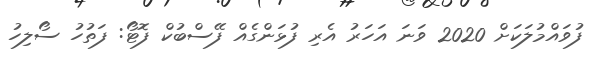
ފުވައްމުލަކަށް 2020 ވަނަ އަހަރު އެރި ފުޅަންގެއް ފޭސްބުކް ފޮޓޯ: ފަތުހު ސޯލިހު